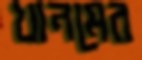
খানমের